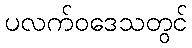
ပလက်ဝဒေသတွင်